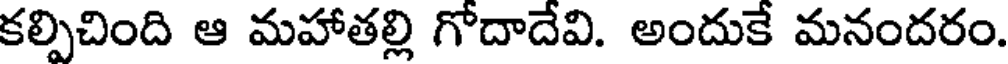
కల్పిచింది ఆ మహాతల్లి గోదాదేవి. అందుకే మనందరం.